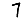
Digit: 7